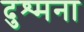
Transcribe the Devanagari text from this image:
दुश्मना